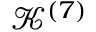
\mathcal { K } ^ { ( 7 ) }